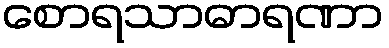
စောရသာဓာရဏာ